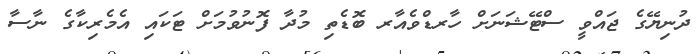
ދުނިޔޭގެ ޖައްވީ ސްޓޭޝަނަށް ހާރޑްވެއާރ ބޮޑެތި މުދާ ފޮނުވުމަށް ޓަކައި އެމެރިކާގެ ނާސާ